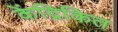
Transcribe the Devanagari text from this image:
केंद्रिकित